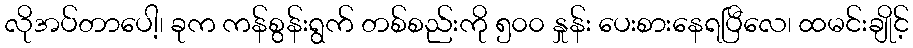
လိုအပ်တာပေါ့၊ ခုက ကန်စွန်းရွက် တစ်စည်းကို ၅၀၀ နှုန်း ပေးစားနေရပြီလေ၊ ထမင်းချိုင့်